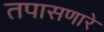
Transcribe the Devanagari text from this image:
तपासणारे